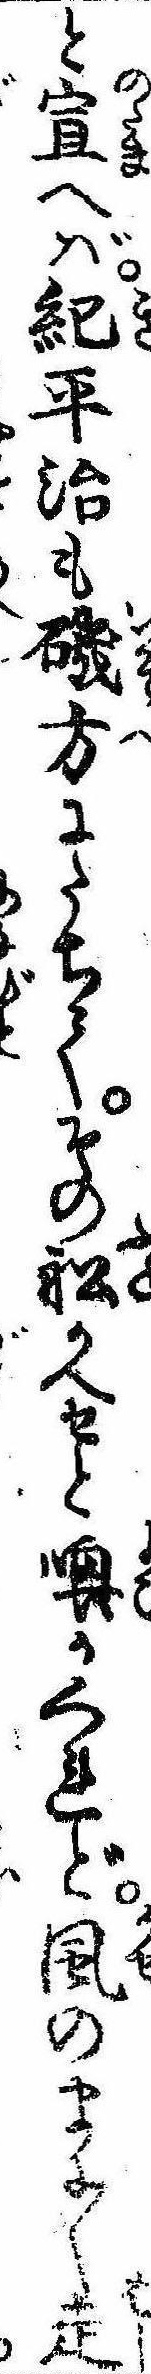
と宣へば紀平治も磯方にたちてその船かへせと喚かくれど風のまに〱走